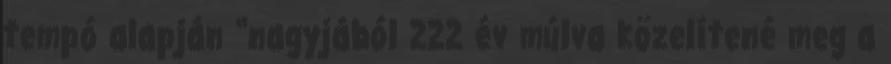
tempó alapján “nagyjából 222 év múlva közelítené meg a